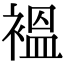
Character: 褞